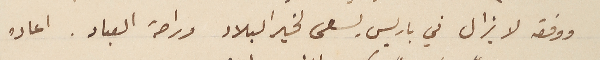
ووفقه لا يزال في باريس يسعى لخير البلاد وراحة العباد. اعاده